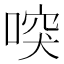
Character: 𠸂